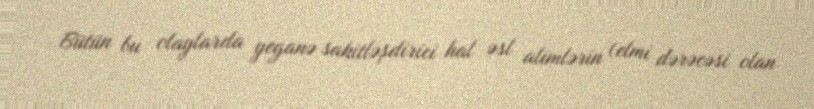
Bütün bu olaylarda yeganə sakitləşdirici hal əsl alimlərin (elmi dərəcəsi olan